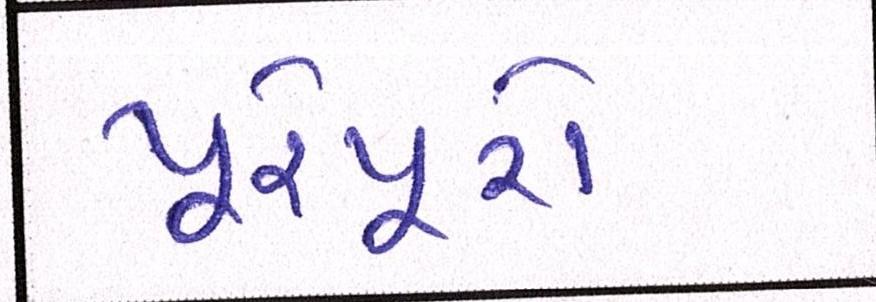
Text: પૂરેપૂરો